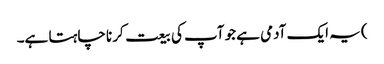
) یہ ایک آدمی ہے جو آپ کی بیعت کرنا چاہتا ہے۔